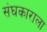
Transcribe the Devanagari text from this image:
संघकाराला